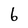
Character: 6